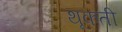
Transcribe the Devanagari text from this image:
थूकती